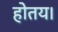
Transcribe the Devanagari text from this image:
होतय।